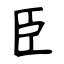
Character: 臣